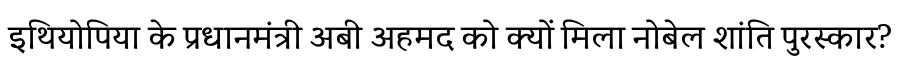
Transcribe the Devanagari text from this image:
इथियोपिया के प्रधानमंत्री अबी अहमद को क्यों मिला नोबेल शांति पुरस्कार?